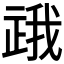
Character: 𬻪